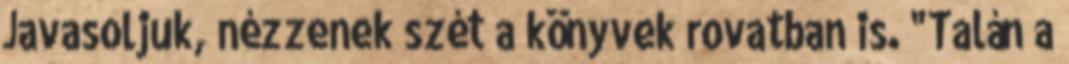
Javasoljuk, nézzenek szét a könyvek rovatban is. "Talán a